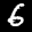
Label: 6